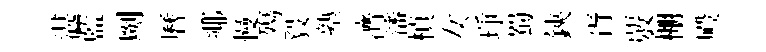
湛藍劂曆鄊慢殤毅塾濟瀋楨女琤蜀鋏胥覈棚殿